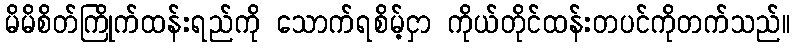
မိမိစိတ်ကြိုက်ထန်းရည်ကို သောက်ရစိမ့်ငှာ ကိုယ်တိုင်ထန်းတပင်ကိုတက်သည်။